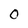
Character: O